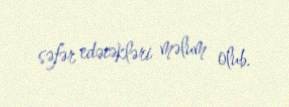
səfər edəcəkləri məlum olub.